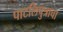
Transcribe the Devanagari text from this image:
पाटलिपुत्राचा